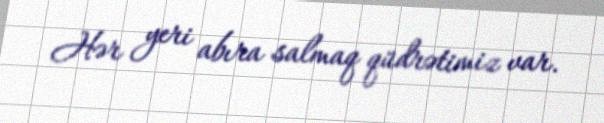
Hər yeri abıra salmaq qüdrətimiz var.